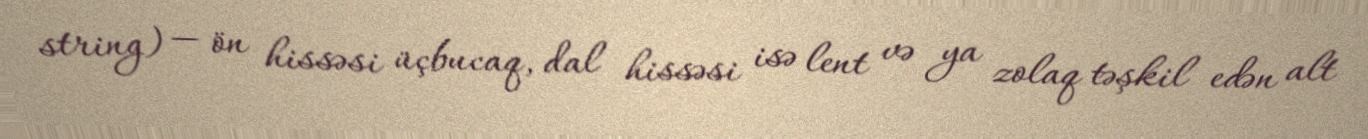
string) — ön hissəsi üçbucaq, dal hissəsi isə lent və ya zolaq təşkil edən alt